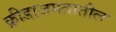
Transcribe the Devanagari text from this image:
क्रीडाजगतातील